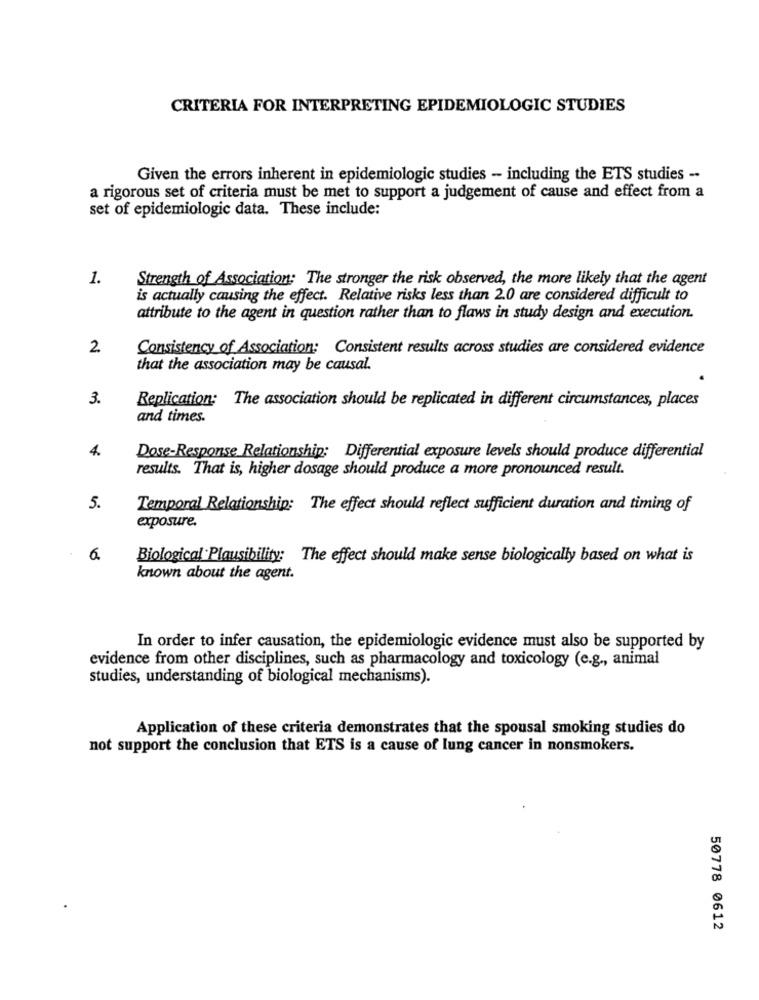
CRITERIA FOR INTERPRETING EPIDEMIOLOGIC STUDIES
Given the errors inherent in epidemiologic studies - including the ETS studies -.
a rigorous set of criteria must be met to support a judgement of cause and effect from a
set of epidemiologic data. These include:
1.
Strength of Association: The stronger the risk observed, the more likely that the agent
is actually causing the effect. Relative risks less than 2.0 are considered difficult to
attribute to the agent in question rather than to flaws in study design and execution.
2.
Consistency of Association: Consistent results across studies are considered evidence
that the association may be causal.
3.
Replication:
The association should be replicated in different circumstances, places
and times.
4.
Dose-Response Relationship: Differential exposure levels should produce differential
results. That is, higher dosage should produce a more pronounced result.
5.
Temporal Relationship: The effect should reflect sufficient duration and timing of
exposure.
6.
Biological Plausibility: The effect should make sense biologically based on what is
known about the agent.
In order to infer causation, the epidemiologic evidence must also be supported by
evidence from other disciplines, such as pharmacology and toxicology (e.g ., animal
studies, understanding of biological mechanisms).
Application of these criteria demonstrates that the spousal smoking studies do
not support the conclusion that ETS is a cause of lung cancer in nonsmokers.
50778 0612